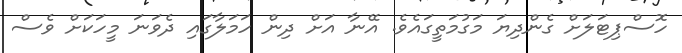
ހޮސްޕިޓަލަށް ގެންދިޔަ މަގުމަތީގައެވެ. އޭނާ އަށް ދިން ހަމަލާގައި ދެވަނަ މީހަކަށް ވެސް